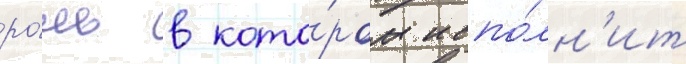
ро́ль в кото́ром испо́лн'ит